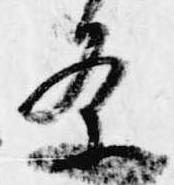
条